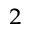
_ 2